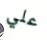
علي